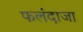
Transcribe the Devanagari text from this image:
फलंदाजा